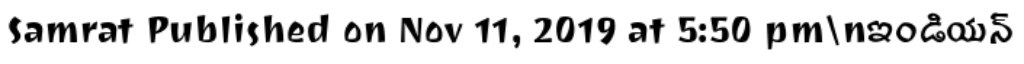
Samrat Published on Nov 11, 2019 at 5:50 pm\nఇండియన్